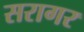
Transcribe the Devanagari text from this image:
सरागर